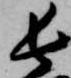
長